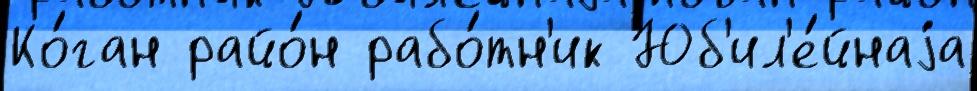
Ко́ган райо́н рабо́тн'ик Юб'ил'е́йнаjа